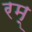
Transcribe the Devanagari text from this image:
रम्